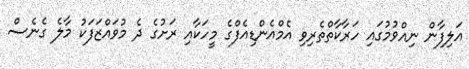
އަލިފާން ނިއްވުމުގައި ހަރާކާތްތެރިވި އެމްއެންޑިއެފްގެ މީހަކާއި ރަށުގެ ދެ މުވައްޒަފަކު މާލެ ގެނެސް